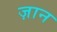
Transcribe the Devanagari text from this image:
ज़ान